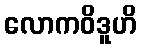
လောကဝိဒူဟိ